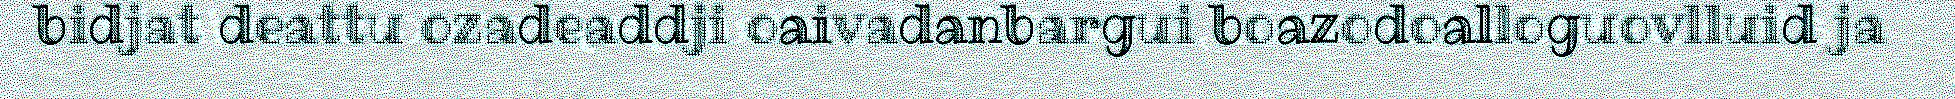
bidjat deattu ozadeaddji oaivadanbargui boazodoalloguovlluid ja